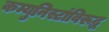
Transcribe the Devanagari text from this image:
कम्युनिस्टांविरूद्ध